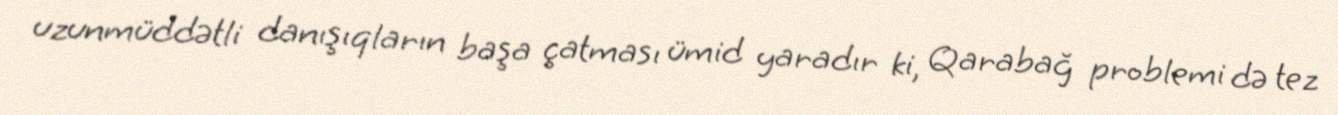
uzunmüddətli danışıqların başa çatması ümid yaradır ki, Qarabağ problemi də tez